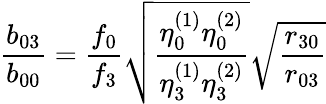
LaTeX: \frac{b_{03}}{b_{00}}=\frac{f_{0}}{f_{3}}\sqrt{\frac{\eta_{0}^{(1)}\eta_{0}^{(2)}}{\eta_{3}^{(1)}\eta_{3}^{(2)}}}\sqrt{\frac{r_{30}}{r_{03}}}